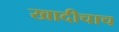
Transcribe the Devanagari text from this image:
खादीचाच